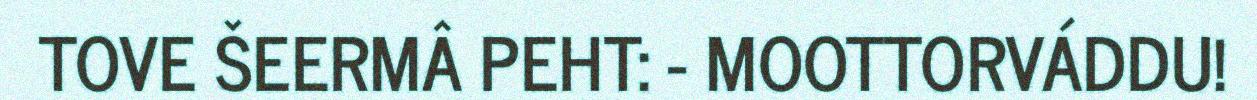
TOVE ŠEERMÂ PEHT: - MOOTTORVÁDDU!